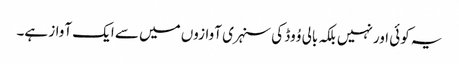
یہ کوئی اور نہیں بلکہ بالی وُوڈ کی سنہری آوازوں میں سے ایک آواز ہے۔